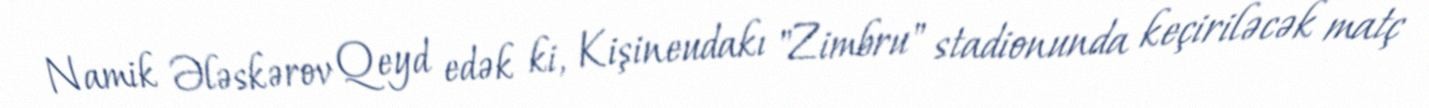
Namik Ələskərov Qeyd edək ki, Kişineudakı "Zimbru" stadionunda keçiriləcək matç